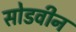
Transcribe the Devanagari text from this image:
सोडवीन